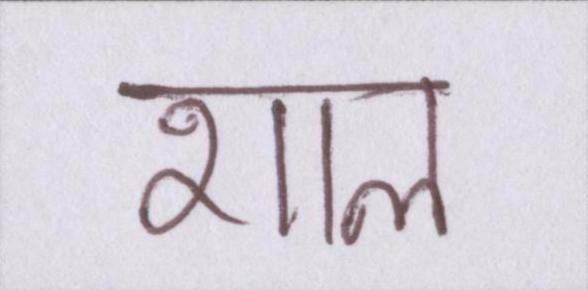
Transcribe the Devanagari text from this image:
शाल